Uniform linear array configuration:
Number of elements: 4
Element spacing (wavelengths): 0.75
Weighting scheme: kaiser
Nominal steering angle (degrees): -45
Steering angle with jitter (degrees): -43.401
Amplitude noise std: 0.05
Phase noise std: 0.05

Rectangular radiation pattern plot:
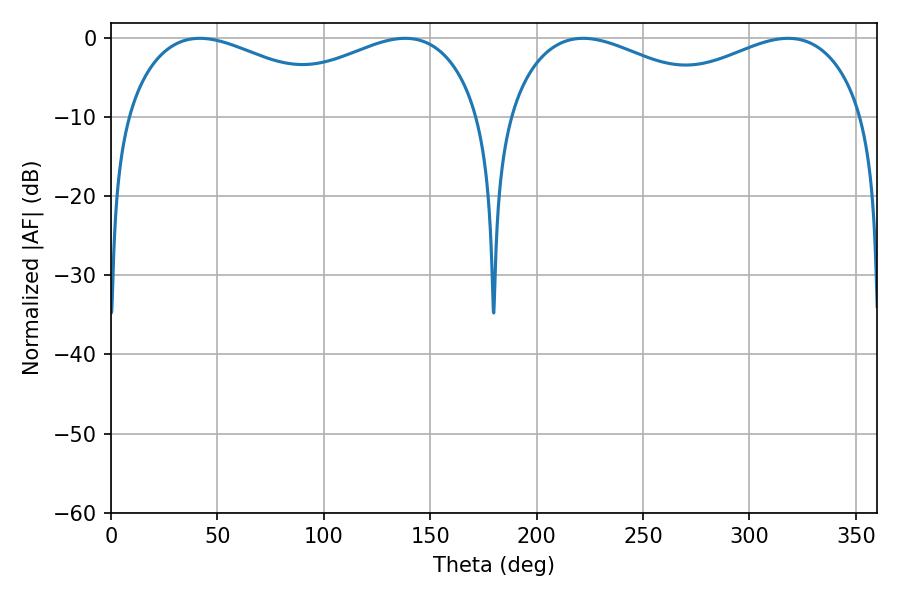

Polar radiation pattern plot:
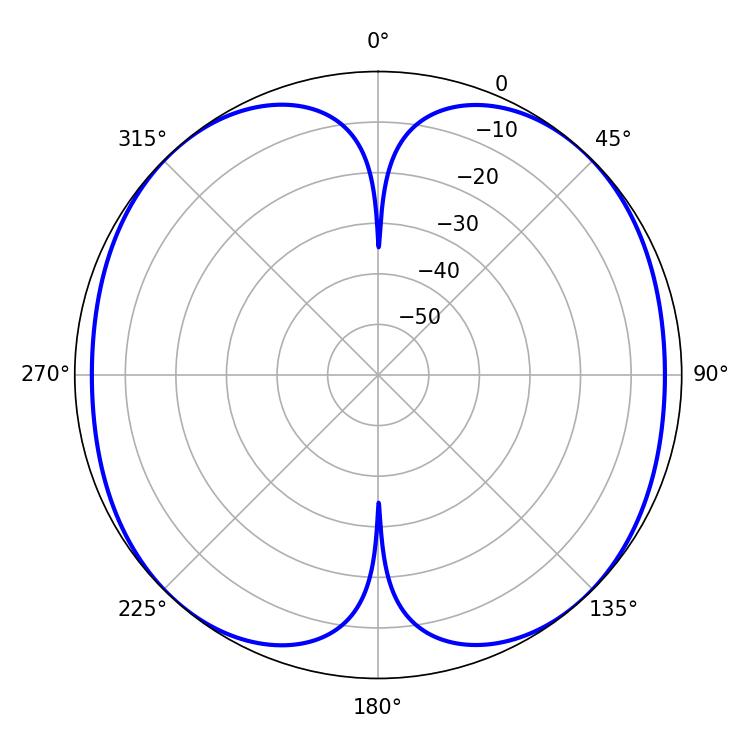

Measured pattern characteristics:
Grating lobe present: TRUE
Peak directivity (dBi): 27.951
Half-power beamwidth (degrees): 59.4
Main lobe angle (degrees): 41.76